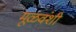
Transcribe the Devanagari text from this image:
मूळवंशी